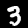
Label: 3